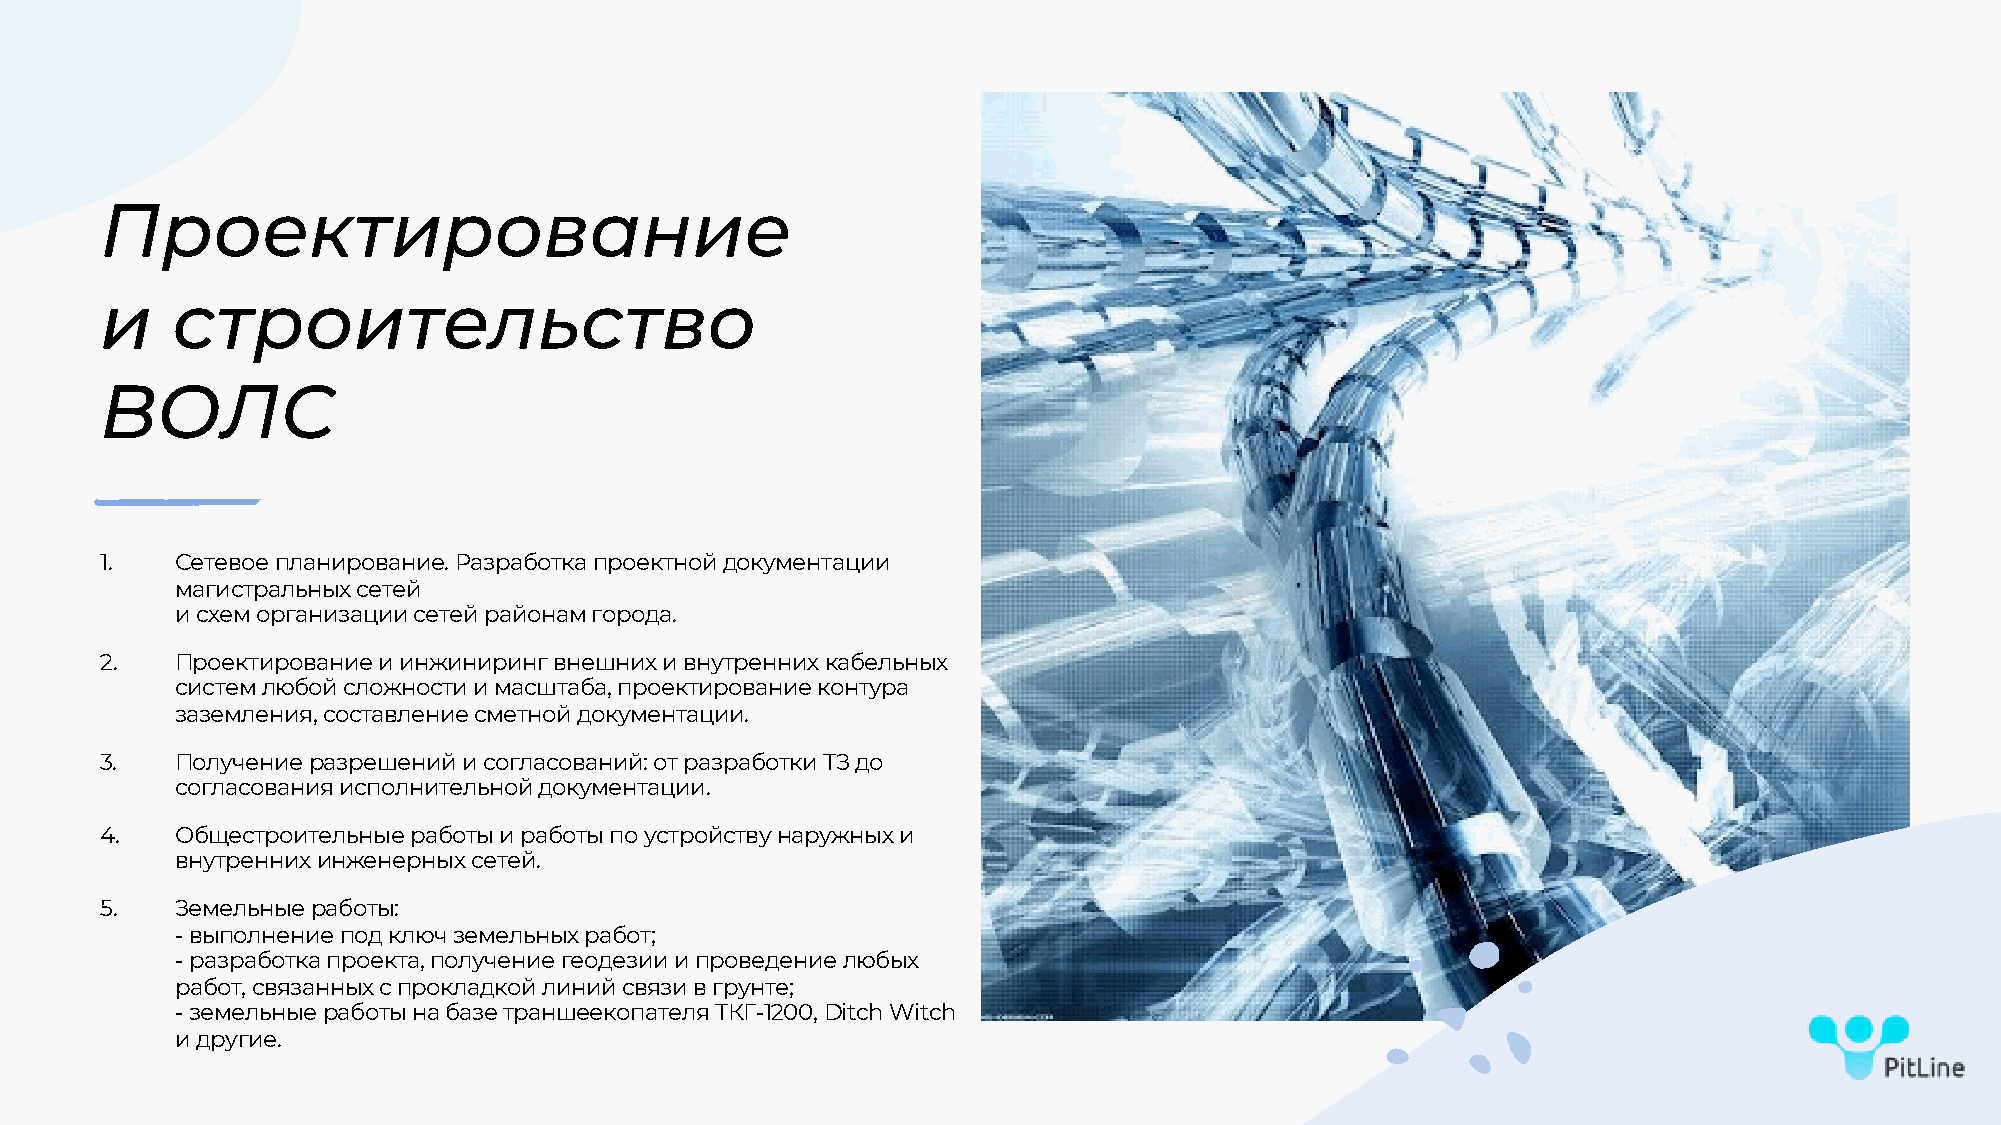
Проектирование
 и   строительство
 ВОЛС
 1.   Сетевое планирование. Разработка проектной документации
 магистральных сетей
 и схем организации сетей районам города.
 2.   Проектирование и инжиниринг внешних и внутренних кабельных
 систем любой сложности и масштаба, проектирование контура
 заземления, составление сметной документации.
 3.   Получение разрешений и согласований: от разработки ТЗ до
 согласования исполнительной документации.
 4.   Общестроительные работы и работы по устройству наружных и
 внутренних инженерных сетей.
 5.   Земельные работы:
 -выполнение под ключ земельных работ;
 -разработка проекта, получение геодезии и проведение любых
 работ, связанных с прокладкой линий связи в грунте;
 -земельные работы на базе траншеекопателя ТКГ-1200, Ditch Witch
 и другие.